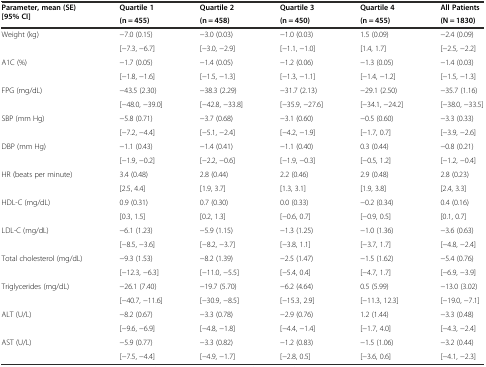
<table><thead><tr><td rowspan="2"><b>Parameter, mean (SE) [95% CI]</b></td><td><b>Quartile 1</b></td><td><b>Quartile 2</b></td><td><b>Quartile 3</b></td><td><b>Quartile 4</b></td><td><b>All Patients</b></td></tr><tr><td><b>(n = 455)</b></td><td><b>(n = 458)</b></td><td><b>(n = 450)</b></td><td><b>(n = 455)</b></td><td><b>(N = 1830)</b></td></tr></thead><tbody><tr><td rowspan="2">Weight (kg)</td><td>−7.0 (0.15)</td><td>−3.0 (0.03)</td><td>−1.0 (0.03)</td><td>1.5 (0.09)</td><td>−2.4 (0.09)</td></tr><tr><td>[−7.3, −6.7]</td><td>[−3.0, −2.9]</td><td>[−1.1, −1.0]</td><td>[1.4, 1.7]</td><td>[−2.5, −2.2]</td></tr><tr><td rowspan="2">A1C (%)</td><td>−1.7 (0.05)</td><td>−1.4 (0.05)</td><td>−1.2 (0.06)</td><td>−1.3 (0.05)</td><td>−1.4 (0.03)</td></tr><tr><td>[−1.8, −1.6]</td><td>[−1.5, −1.3]</td><td>[−1.3, −1.1]</td><td>[−1.4, −1.2]</td><td>[−1.5, −1.3]</td></tr><tr><td rowspan="2">FPG (mg/dL)</td><td>−43.5 (2.30)</td><td>−38.3 (2.29)</td><td>−31.7 (2.13)</td><td>−29.1 (2.50)</td><td>−35.7 (1.16)</td></tr><tr><td>[−48.0, −39.0]</td><td>[−42.8, −33.8]</td><td>[−35.9, −27.6]</td><td>[−34.1, −24.2]</td><td>[−38.0, −33.5]</td></tr><tr><td rowspan="2">SBP (mm Hg)</td><td>−5.8 (0.71)</td><td>−3.7 (0.68)</td><td>−3.1 (0.60)</td><td>−0.5 (0.60)</td><td>−3.3 (0.33)</td></tr><tr><td>[−7.2, −4.4]</td><td>[−5.1, −2.4]</td><td>[−4.2, −1.9]</td><td>[−1.7, 0.7]</td><td>[−3.9, −2.6]</td></tr><tr><td rowspan="2">DBP (mm Hg)</td><td>−1.1 (0.43)</td><td>−1.4 (0.41)</td><td>−1.1 (0.40)</td><td>0.3 (0.44)</td><td>−0.8 (0.21)</td></tr><tr><td>[−1.9, −0.2]</td><td>[−2.2, −0.6]</td><td>[−1.9, −0.3]</td><td>[−0.5, 1.2]</td><td>[−1.2, −0.4]</td></tr><tr><td rowspan="2">HR (beats per minute)</td><td>3.4 (0.48)</td><td>2.8 (0.44)</td><td>2.2 (0.46)</td><td>2.9 (0.48)</td><td>2.8 (0.23)</td></tr><tr><td>[2.5, 4.4]</td><td>[1.9, 3.7]</td><td>[1.3, 3.1]</td><td>[1.9, 3.8]</td><td>[2.4, 3.3]</td></tr><tr><td rowspan="2">HDL-C (mg/dL)</td><td>0.9 (0.31)</td><td>0.7 (0.30)</td><td>0.0 (0.33)</td><td>−0.2 (0.34)</td><td>0.4 (0.16)</td></tr><tr><td>[0.3, 1.5]</td><td>[0.2, 1.3]</td><td>[−0.6, 0.7]</td><td>[−0.9, 0.5]</td><td>[0.1, 0.7]</td></tr><tr><td rowspan="2">LDL-C (mg/dL)</td><td>−6.1 (1.23)</td><td>−5.9 (1.15)</td><td>−1.3 (1.25)</td><td>−1.0 (1.36)</td><td>−3.6 (0.63)</td></tr><tr><td>[−8.5, −3.6]</td><td>[−8.2, −3.7]</td><td>[−3.8, 1.1]</td><td>[−3.7, 1.7]</td><td>[−4.8, −2.4]</td></tr><tr><td rowspan="2">Total cholesterol (mg/dL)</td><td>−9.3 (1.53)</td><td>−8.2 (1.39)</td><td>−2.5 (1.47)</td><td>−1.5 (1.62)</td><td>−5.4 (0.76)</td></tr><tr><td>[−12.3, −6.3]</td><td>[−11.0, −5.5]</td><td>[−5.4, 0.4]</td><td>[−4.7, 1.7]</td><td>[−6.9, −3.9]</td></tr><tr><td rowspan="2">Triglycerides (mg/dL)</td><td>−26.1 (7.40)</td><td>−19.7 (5.70)</td><td>−6.2 (4.64)</td><td>0.5 (5.99)</td><td>−13.0 (3.02)</td></tr><tr><td>[−40.7, −11.6]</td><td>[−30.9, −8.5]</td><td>[−15.3, 2.9]</td><td>[−11.3, 12.3]</td><td>[−19.0, −7.1]</td></tr><tr><td rowspan="2">ALT (U/L)</td><td>−8.2 (0.67)</td><td>−3.3 (0.78)</td><td>−2.9 (0.76)</td><td>1.2 (1.44)</td><td>−3.3 (0.48)</td></tr><tr><td>[−9.6, −6.9]</td><td>[−4.8, −1.8]</td><td>[−4.4, −1.4]</td><td>[−1.7, 4.0]</td><td>[−4.3, −2.4]</td></tr><tr><td rowspan="2">AST (U/L)</td><td>−5.9 (0.77)</td><td>−3.3 (0.82)</td><td>−1.2 (0.83)</td><td>−1.5 (1.06)</td><td>−3.2 (0.44)</td></tr><tr><td>[−7.5, −4.4]</td><td>[−4.9, −1.7]</td><td>[−2.8, 0.5]</td><td>[−3.6, 0.6]</td><td>[−4.1, −2.3]</td></tr></tbody></table>